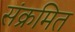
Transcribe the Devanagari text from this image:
संक्रमित